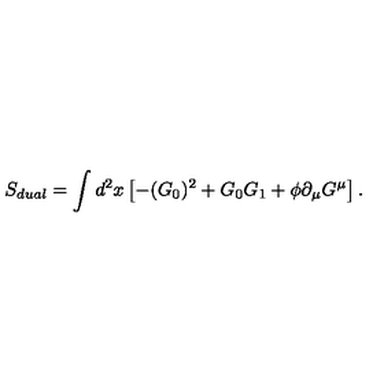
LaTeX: S _ { d u a l } = \int d ^ { 2 } x \left[ - ( G _ { 0 } ) ^ { 2 } + G _ { 0 } G _ { 1 } + { \phi } { \partial } _ { \mu } G ^ { \mu } \right] .